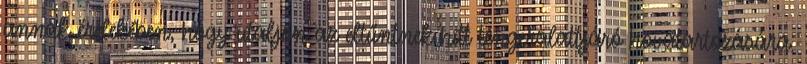
annak érdekében, hogy utaljon az eltűntnek hitt tengeralattjáró hovatartozására.